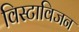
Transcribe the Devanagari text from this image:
विस्टाविजन